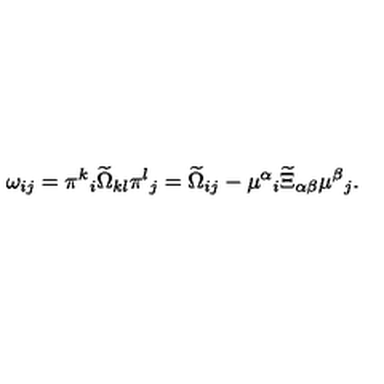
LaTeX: \omega _ { i j } = \pi ^ { k } { } _ { i } \widetilde \Omega _ { k l } \pi ^ { l } { } _ { j } = \widetilde \Omega _ { i j } - \mu ^ { \alpha } { } _ { i } \widetilde \Xi _ { \alpha \beta } \mu ^ { \beta } { } _ { j } .